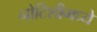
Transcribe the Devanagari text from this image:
नोटिशीमध्ये